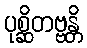
ပုစ္ဆိတဗ္ဗန္တိ